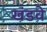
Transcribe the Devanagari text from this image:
खंडवे